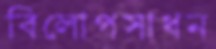
বিলোপসাধন